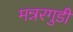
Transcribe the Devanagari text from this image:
मन्नरगुडी